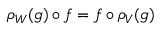
\rho _ { W } ( g ) \circ f = f \circ \rho _ { V } ( g )